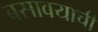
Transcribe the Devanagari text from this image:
बसावयाची